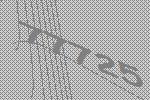
77725